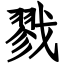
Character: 戮